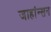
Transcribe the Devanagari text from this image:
जाहांन्सन